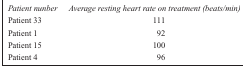
<table><thead><tr><td><b><i>Patient number</i></b></td><td><b><i>Average resting heart rate on treatment (beats/min)</i></b></td></tr></thead><tbody><tr><td>Patient 33</td><td>111</td></tr><tr><td>Patient 1</td><td>92</td></tr><tr><td>Patient 15</td><td>100</td></tr><tr><td>Patient 4</td><td>96</td></tr></tbody></table>